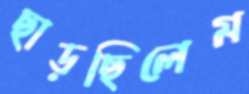
ছাড়ছিলেম